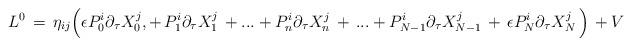
LaTeX: \begin{align*}L^0 \,=\,\eta_{ij} \Big( \epsilon P_0^i \partial _\tau X^j_0,+ \,P_1^i \partial _\tau X^j_1\, + ...+ P_n^i \partial _\tau X^j_n \,+\,...+P_{N-1}^i \partial _\tau X^j_{N-1} \,+\,\epsilon P_N^i \partial _\tau X^j_N \,\Big)\,+ V\end{align*}